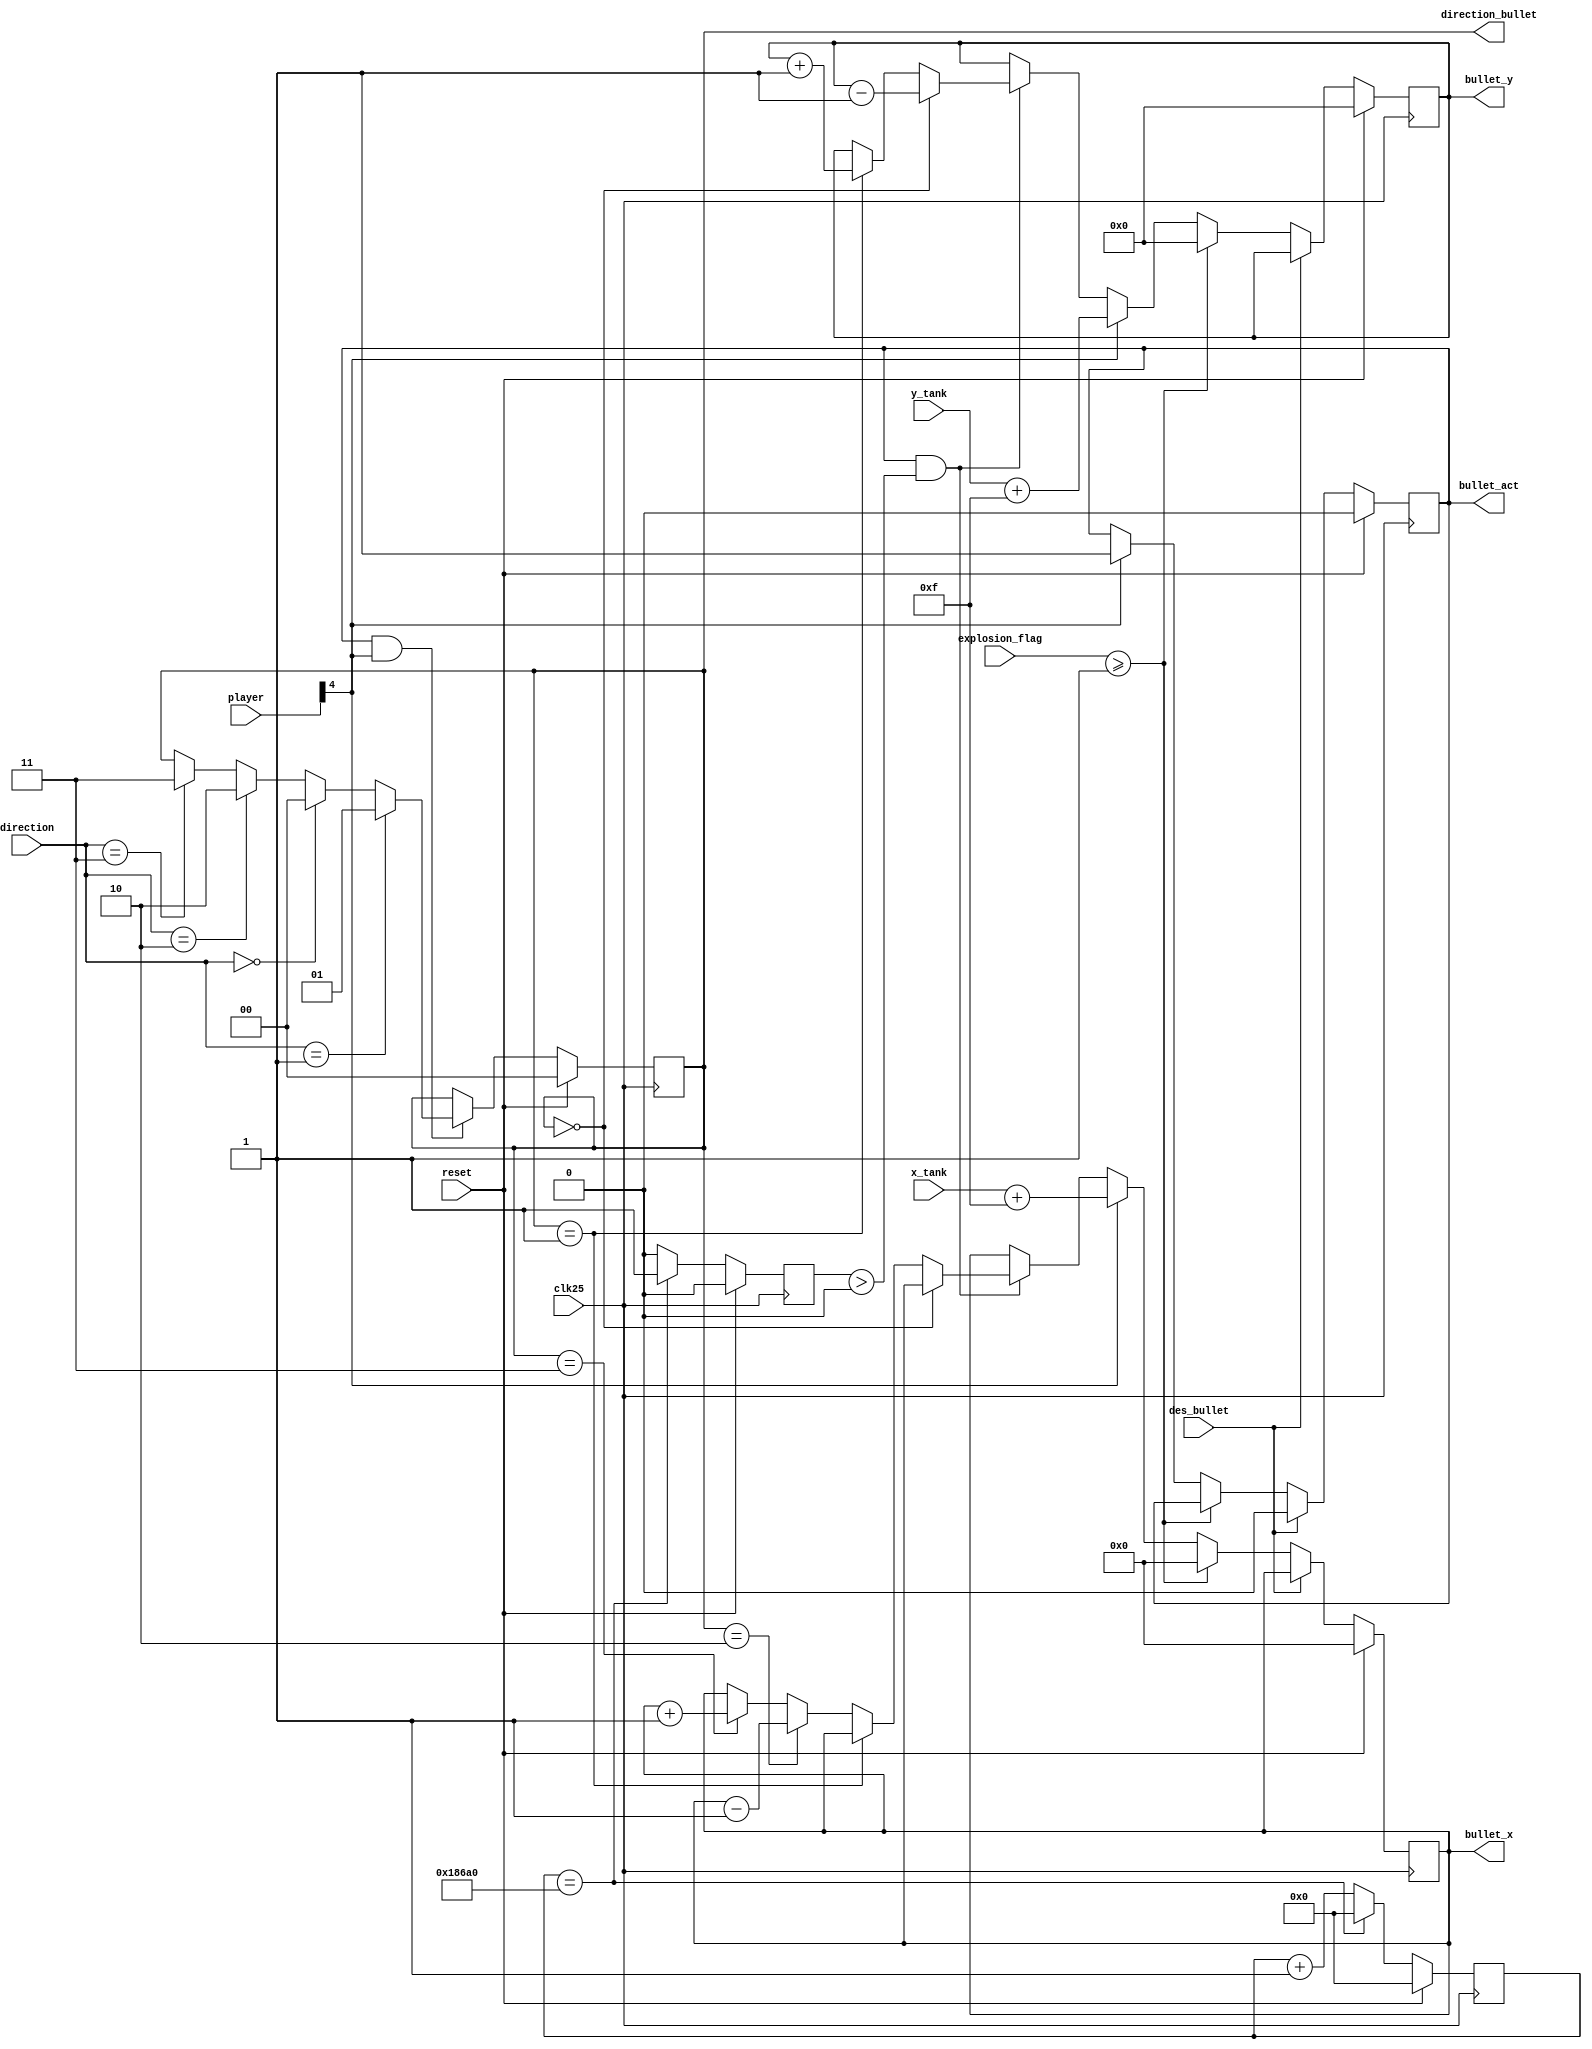
module bullet(clk25,reset,player,direction,direction_bullet,bullet_x,bullet_y,x_tank,y_tank,explosion_flag,bullet_act,des_bullet);
input clk25,reset;
input [1:0]direction;
output reg [1:0]direction_bullet;
input [4:0]player;
output reg [9:0]bullet_x;
output reg [8:0]bullet_y;
input [9:0]x_tank;
input [8:0]y_tank;
input des_bullet;
output reg bullet_act;
input explosion_flag;
//wire [4:0] DOWN,RIGHT,UP,LEFT,FIRE;
wire [1:0] ICON_DOWN,ICON_LEFT,ICON_RIGHT,ICON_UP;
//assign  DOWN    = 5'b00001;                 
//assign  RIGHT   = 5'b00010;
//assign  UP      = 5'b00100;
//assign  LEFT    = 5'b01000;
//assign  FIRE  = 5'b10000;

assign  ICON_UP     = 2'b00;                
assign  ICON_DOWN   = 2'b01;
assign  ICON_LEFT   = 2'b10;
assign  ICON_RIGHT  = 2'b11;
/////////////////////////huong vien dan///////////////////////
always@(posedge clk25)begin
	if(reset)
		direction_bullet<=ICON_UP;
	else if (bullet_act&&player[4]==1'd1)
		case(direction)
			ICON_DOWN:	direction_bullet <= ICON_DOWN;	
         ICON_UP:		direction_bullet <= ICON_UP;
         ICON_LEFT:	direction_bullet <= ICON_LEFT;
         ICON_RIGHT:	direction_bullet <= ICON_RIGHT;
            default:direction_bullet <= direction_bullet;
        endcase
end
//////////////////// toc do vien dan//////////////////////
reg [20:0] bullet_count;
reg bullet_flag;
parameter BULLET_CNT=100000;
always@(posedge clk25)begin
	if (reset)
		begin
			bullet_count <= 0;
			bullet_flag <= 1'd0;
		end
	else if (bullet_count == BULLET_CNT)
		begin
			bullet_flag <= 1'd1;
			bullet_count <= 0;
		end
	else 
		begin
			bullet_count <= bullet_count + 1'd1;
			bullet_flag <= 1'd0;
		end
end
////////////////toa do bullet///////////////////////


always@(posedge clk25)begin
if (reset)
		begin
			bullet_act <= 0;
			bullet_x<= 10'd0;                    // reset bullet location
			bullet_y <= 9'd0;
		end
    else if (des_bullet==1'b1)
		  bullet_act<=1'b0;
	 else if (explosion_flag >= 1'd1)                    // if hit opposing player, reset bullet location
        begin 
                               
           bullet_x <= 10'd0;
           bullet_y <= 9'd0;
        end 	
	else if (player[4] == 1'd1)                          // fire button hit
		begin
			bullet_act <= 1'd1;                          //  activate bullet
			bullet_x <= x_tank + 4'd15;      //  assign starting bullet location
			bullet_y <= y_tank + 4'd15;
		end
	else if ((bullet_act == 1'd1) && (bullet_flag > 0))    // only increment bullet location if flag is high and is active
		begin
			case (direction_bullet)         // increment X Y location based on orientation 
				ICON_UP:			bullet_y <= bullet_y - 1'd1;	
				ICON_DOWN:		    bullet_y <= bullet_y + 1'd1;
				ICON_LEFT:		    bullet_x <= bullet_x - 1'd1;
				ICON_RIGHT:		   bullet_x <= bullet_x + 1'd1;
				default:	begin
								    bullet_x <= bullet_x;
								    bullet_y <= bullet_y;
							end
			endcase
		end
	/*else if ((rDout_first != 12'd4095) && ( pPixel_row == (red_bullet_locY + 10'd4)) && // if bullet hits wall
				 ( pPixel_column == (red_bullet_locX + 10'd7)))
			begin
				red_bullet_act <= 1'd0;                     // deactivate bullet and reset location
				red_bullet_locX <= 10'd0;
                red_bullet_locY <= 10'd0;
			end*/
	/*else if ((red_bullet_locY >= green_tank_locY) && ( red_bullet_locY <= (green_tank_locY+ 10'd31)) &&    // if bullet hits opposing player
            (red_bullet_locX >= green_tank_locX) && ( red_bullet_locX <= (green_tank_locX+ 10'd31)))
                 red_bullet_act <= 1'd0; */  		           // deactivate bullet
	else begin
			bullet_x  <= bullet_x ;
			bullet_y  <= bullet_y ;
			
		end
end

endmodule